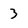
Character: 3